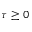
\tau \geq 0